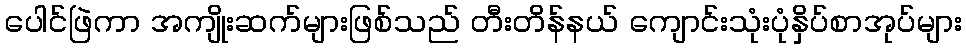
ပေါင်ဖြဲကာ အကျိုးဆက်များဖြစ်သည် တီးတိန်နယ် ကျောင်းသုံးပုံနှိပ်စာအုပ်များ